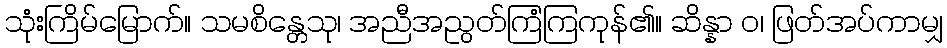
သုံးကြိမ်မြောက်။ သမစိန္တေသု၊ အညီအညွတ်ကြံကြကုန်၏။ ဆိန္နာ ဝ၊ ဖြတ်အပ်ကာမျှ